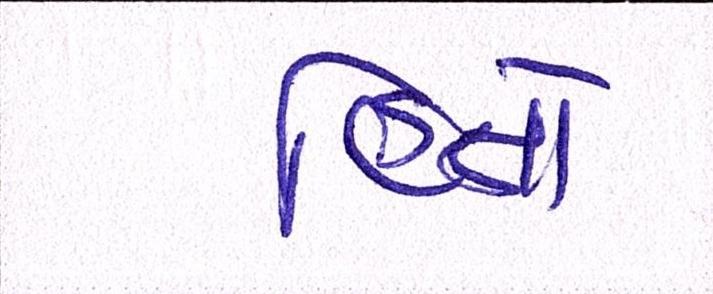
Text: હિતો